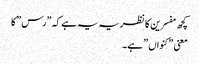
کچھ مفسرین کا نظریہ یہ ہے کہ ”رس” کا
معنی ”کنواں ” ہے۔